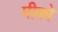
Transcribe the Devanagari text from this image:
मीको